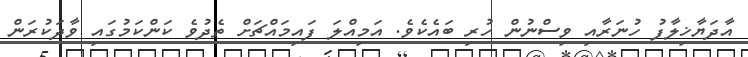
އާދަޔާޚިލާފު ހުނަރާއި ވިސްނުން ހުރި ބައެކެވެ. އަމިއްލަ ފައިމައްޗަށް ތެދުވެ ކަންކަމުގައި ވާދަކުރަން